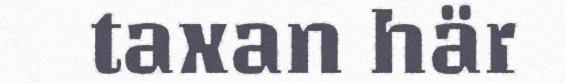
taxan här